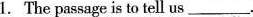
1.The passage is to tell us \underline.